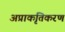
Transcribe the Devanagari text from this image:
अप्राकृतिकरण